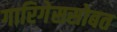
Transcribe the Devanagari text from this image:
गारिगेससोबत